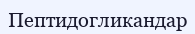
Пептидогликандар